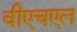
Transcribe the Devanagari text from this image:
वीएचएल